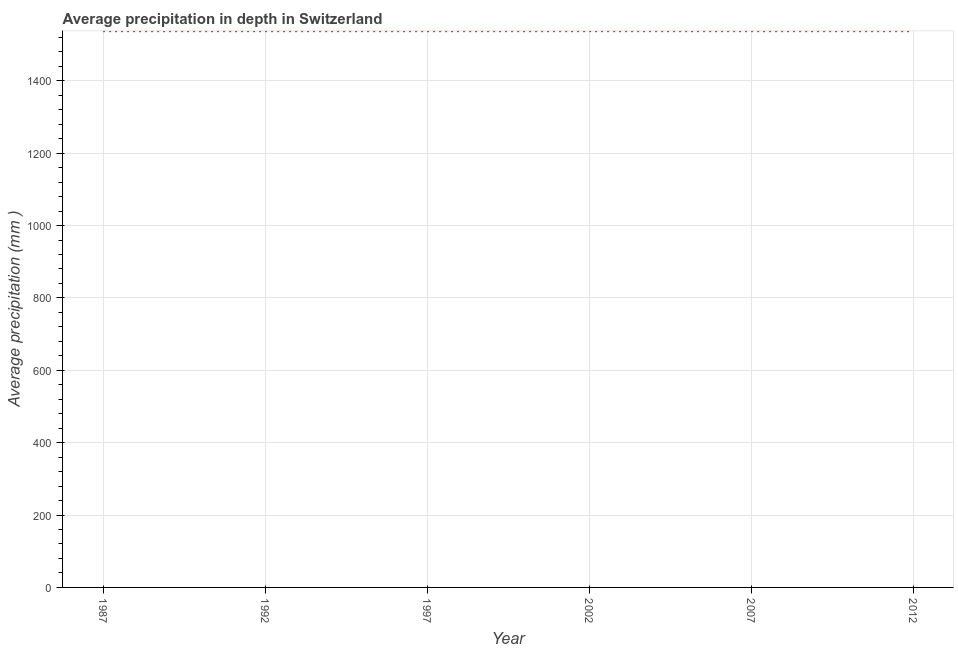
| Year | Average precipitation in depth |
 | --- | --- |
 | 1987 | 1.54e+03 |
 | 1992 | 1.54e+03 |
 | 1997 | 1.54e+03 |
 | 2002 | 1.54e+03 |
 | 2007 | 1.54e+03 |
 | 2012 | 1.54e+03 |